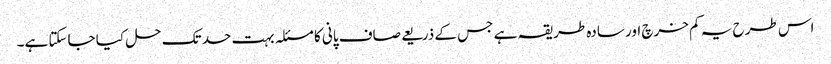
اس طرح یہ کم خرچ اور سادہ طریقہ ہے جس کے ذریعے صاف پانی کا مسئلہ بہت حد تک حل کیا جاسکتا ہے۔